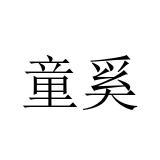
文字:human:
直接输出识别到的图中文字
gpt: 童奚